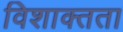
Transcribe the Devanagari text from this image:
विशाक्तता